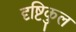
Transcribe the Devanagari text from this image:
दृष्टिकुल